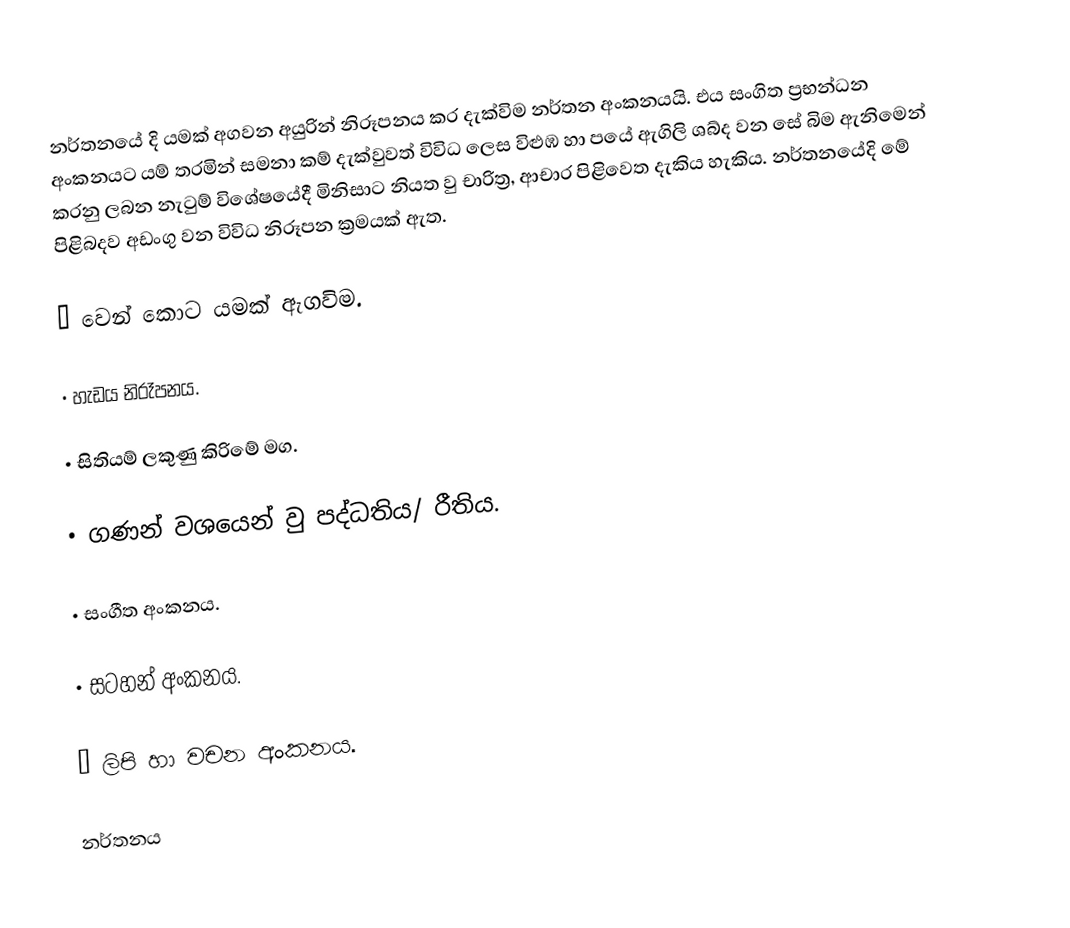
නර්තනයේ දි යමක් අගවන අයුරින් නිරූපනය කර දැක්විම නර්තන අංකනයයි. එය සංගිත ප්‍රභන්ධන අංකනයට යම් තරමින් සමනා කම් දැක්වුවත් විවිධ ලෙස විළුඹ හා පයේ ඇගිලි ශබ්ද වන සේ බිම ඇනිමෙන් කරනු ලබන නැටුම් විශේෂයේදී මිනිසාට නියත වු චාරිත්‍ර, ආචාර පිළිවෙත දැකිය හැකිය. නර්තනයේදි මේ පිළිබදව අඩංගු වන විවිධ නිරූපන ක්‍රමයක් ඇත.

•	වෙන් කොට යමක් ඇගවිම.

•	හැඩය නිරෑපනය.

•	සිතියම් ලකුණු කිරිමේ මග.

•	ගණන් වශයෙන් වු පද්ධතිය/ රීතිය.

•	සංගීත අංකනය.

•	සටහන් අංකනය.

•	ලිපි හා වචන අංකනය.

නර්තනය